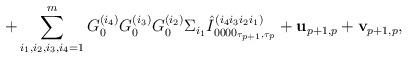
LaTeX: \begin{align*}+\sum_{i_{1},i_2,i_3,i_{4}=1}^{m}G_0^{(i_{4})}G_0^{(i_{3})}G_0^{(i_{2})}\Sigma_{i_{1}} \hat I_{0000_{\tau_{p+1},\tau_p}}^{(i_{4}i_{3}i_{2}i_{1})}+{\bf u}_{p+1,p}+{\bf v}_{p+1,p},\end{align*}